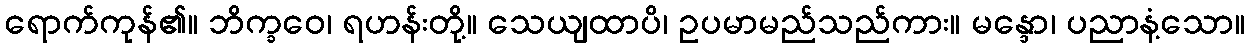
ရောက်ကုန်၏။ ဘိက္ခဝေ၊ ရဟန်းတို့။ သေယျထာပိ၊ ဥပမာမည်သည်ကား။ မန္ဒော၊ ပညာနံ့သော။